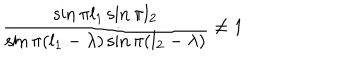
\frac { \sin \pi l _ { 1 } \sin \pi l _ { 2 } } { \sin \pi ( l _ { 1 } - \lambda ) \sin \pi ( l _ { 2 } - \lambda ) } \not = 1